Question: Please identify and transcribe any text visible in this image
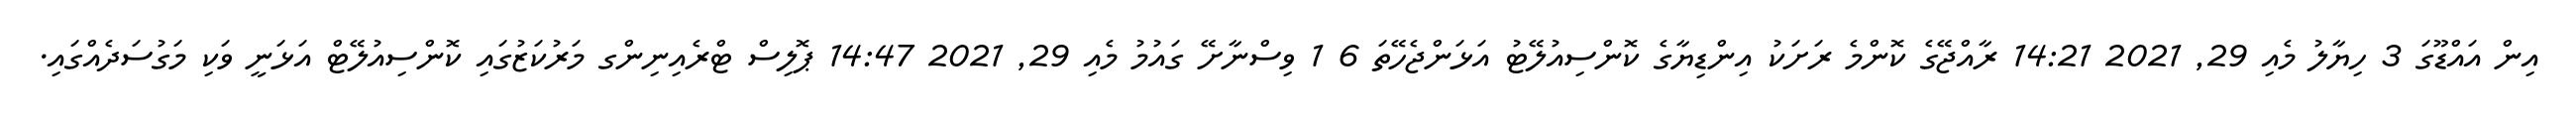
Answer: އިން އައްޑޫގަ 3 ހިޔާލު މެއި 29, 2021 14:21 ރާއްޖޭގެ ކޮންމެ ރަށަކު އިންޑިޔާގެ ކޮންސިއުލޭޓު އަޅަންޖެހޭތަ 6 1 ވިސްނާށޭ ގައުމު މެއި 29, 2021 14:47 ޕޮލިސް ޓްރެއިނިންގ މަރުކަޒުގައި ކޮންސިއުލޭޓް އަޅަނީ ވަކި މަގުސަދެއްގައި.